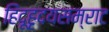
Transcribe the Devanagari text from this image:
हिंदूहृदयसम्राट